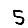
Digit: 5